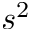
s ^ { 2 }